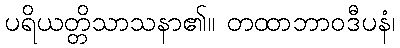
ပရိယတ္တိသာသနာ၏။ တထာဘာဝဒီပနံ၊